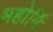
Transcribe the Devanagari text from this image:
महोर्मि